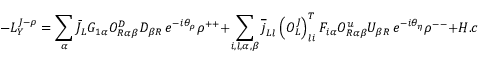
- { \cal L } _ { Y } ^ { J - \rho } = \sum _ { \alpha } \bar { J } _ { L } G _ { 1 \alpha } { \cal O } _ { R \alpha \beta } ^ { D } D _ { \beta R } \, e ^ { - i \theta _ { \rho } } \rho ^ { + + } + \sum _ { i , l , \alpha , \beta } \overline { { { j } } } _ { L l } \left( { \cal O } _ { L } ^ { J } \right) _ { l i } ^ { T } F _ { i \alpha } { \cal O } _ { R \alpha \beta } ^ { u } U _ { \beta R } \, e ^ { - i \theta _ { \eta } } \rho ^ { -- } + H . c . ,